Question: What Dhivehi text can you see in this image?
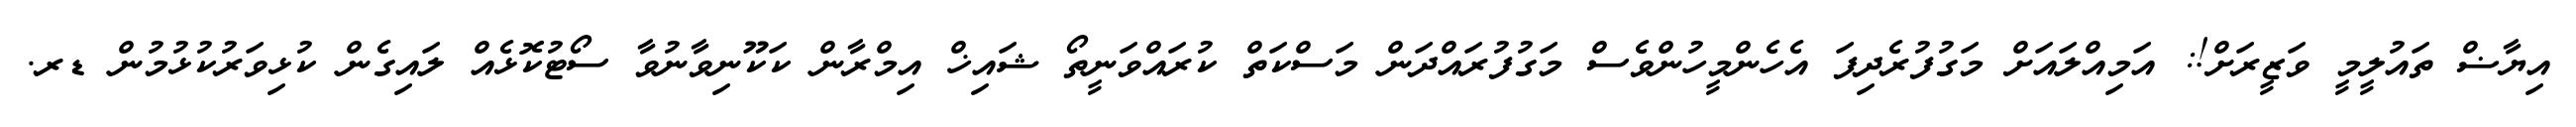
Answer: އިޔާޟް ތައުލީމީ ވަޒީރަށް!: އަމިއްލައަށް މަގުފުރެދިފަ އެހެންމީހުންވެސް މަގުފުރައްދަން މަސްކަތް ކުރައްވަނީތޯ ޝައިޚް އިމްރާން ކަކޫނިވާނުވާ ސޯޓުކޮޅެއް ލައިގެން ކުޅިވަރުކުޅުމުން ޑރ.